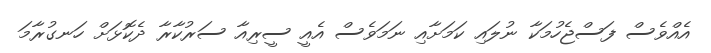
އެއްވެސް ފަސްޖެހުމަކާ ނުލައި ކަމަށާއި ނަމަވެސް އެއީ ސީރިއާ ސަރުކާރާ ދެކޮޅަށް ހަނގުރާމަ